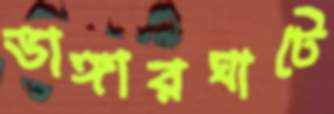
ভাঙ্গারঘাটে